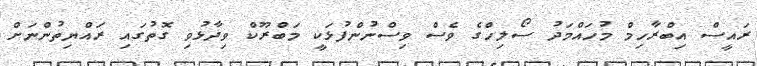
ރައީސް އިބްރާހިމް މުހައްމަދު ސޯލިހްގެ ވެސް ވިސްނުންފުޅަކީ މަބްރޫކް ވިދާޅުވި ގޮތުގައި ރައްޔިތުންނަށް